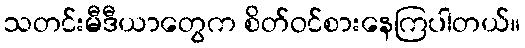
သတင်းမီဒီယာတွေက စိတ်ဝင်စားနေကြပါတယ်။